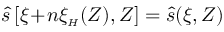
\hat { s } \left[ \xi \! + \! n \xi _ { { \scriptscriptstyle H } } ( Z ) , Z \right] = \hat { s } ( \xi , Z )